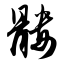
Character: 髅